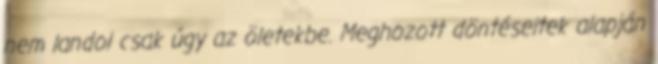
nem landol csak úgy az öletekbe. Meghozott döntéseitek alapján